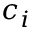
c _ { i }